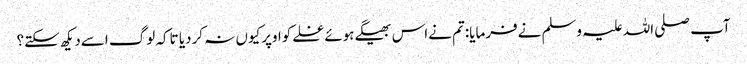
آپ صلی اللہ علیہ وسلم نےفرمایا:تم نےاس بھیگےہوئےغلےکواوپرکیوں نہ کردیا تاکہ لوگ اسےدیکھ سکتے؟